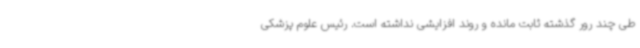
طی چند رور گذشته ثابت مانده و روند افزایشی نداشته است. رئیس علوم پزشکی